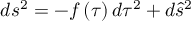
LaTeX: d s ^ { 2 } = - f \left( \tau \right) d \tau ^ { 2 } + d \hat { s } ^ { 2 }